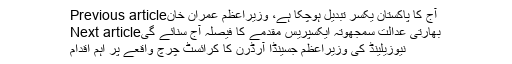
Previous articleآج کا پاکستان یکسر تبدیل ہوچکا ہے، وزیراعظم عمران خان
Next articleبھارتی عدالت سمجھوتہ ایکسپریس مقدمے کا فیصلہ آج سنائے گی
نیوزیلینڈ کی وزیراعظم جسینڈا آرڈرن کا کرائسٹ چرچ واقعے پر اہم اقدام